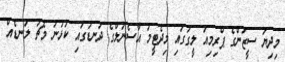
މިދިޔަ ސީޒަންގެ ޕްރިމިއަ ލީގުގައި މިދެޓީމު އާސެނަލްގެ ދަނޑުގައި ކުޅުނު މެޗު ލަނޑެއް